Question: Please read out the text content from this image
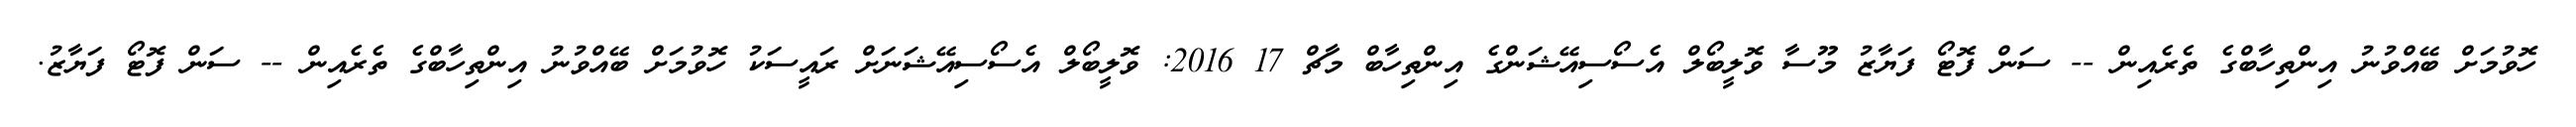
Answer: ހޮވުމަށް ބޭއްވުނު އިންތިހާބްގެ ތެރެއިން -- ސަން ފޮޓޯ ފަޔާޒު މޫސާ ވޮލީބޯލް އެސޯސިއޭޝަންގެ އިންތިހާބް މާޗް 17 2016: ވޮލީބޯލް އެސޯސިއޭޝަނަށް ރައީސަކު ހޮވުމަށް ބޭއްވުނު އިންތިހާބްގެ ތެރެއިން -- ސަން ފޮޓޯ ފަޔާޒު.